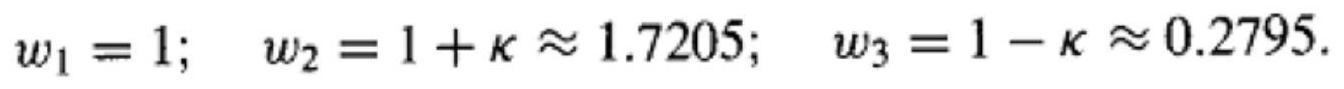
$w_{1}=1;\ \ w_{2}=1+\kappa\approx1.7205;\ \ w_{3}=1-\kappa\approx0.2795.$